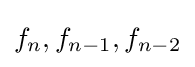
f_{n},f_{n-1},f_{n-2}